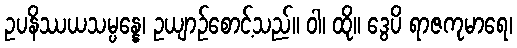
ဥပနိဿယသမ္ပန္နေ၊ ဥယျာဉ်စောင့်သည်။ ဝါ၊ ထို။ ဒွေပိ ရာဇကုမာရေ၊